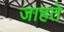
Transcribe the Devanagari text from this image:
जाहते